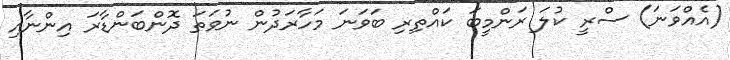
(އެއްވަނަ) ސްރީ ކުލަ ރަންމީބަ ކައްތިރި ބަވަނަ މަހާރަދުން ނުވަތަ ދޮންބަންޑާރަ އިންނާއި